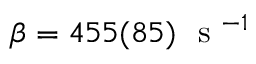
\beta = 4 5 5 ( 8 5 ) ~ \mathrm { ~ s ~ } ^ { - 1 }